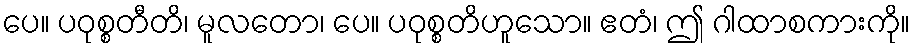
ပေ။ ပဝုစ္စတီတိ၊ မူလတော၊ ပေ။ ပဝုစ္စတိဟူသော။ ဧတံ၊ ဤ ဂါထာစကားကို။